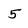
Character: 5